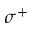
\sigma ^ { + }